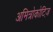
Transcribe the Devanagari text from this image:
अमित्रोकोटिज़